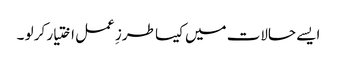
ایسے حالات میں کیسا طرزِ عمل اختیار کر لو ۔